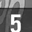
Digit: 5